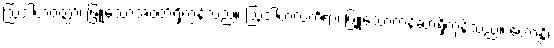
ဩဒါတဝတ္ထာ၊ ဖြူသောအဝတ်ရှိကုန်သည်။ ဩဒါတလင်္ကရာ၊ ဖြူသောတန်ဆာရှိကုန်သည်။ ဟောန္တိ၊